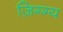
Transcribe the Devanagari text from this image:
ज़िग्ग्य